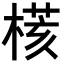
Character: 𣘃